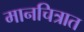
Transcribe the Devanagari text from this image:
मानचित्रात